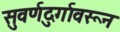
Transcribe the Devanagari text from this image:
सुवर्णदुर्गावरून